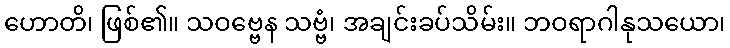
ဟောတိ၊ ဖြစ်၏။ သဝဗ္ဗေန သဗ္ဗံ၊ အချင်းခပ်သိမ်း။ ဘဝရာဂါနုသယော၊